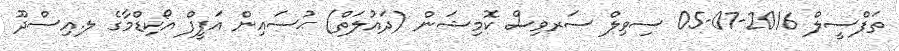
ތަފްސީލް 2016-07-05 ސިވިލް ސަރވިސް ކޮމިޝަން (ދައުލަތް) ޙުސައިން އަފީފް އޯކިޑްމާގެ ލ.އިސްދޫ